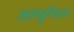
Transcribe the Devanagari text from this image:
आम्युनिशन